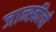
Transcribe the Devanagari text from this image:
जान्स्कीची